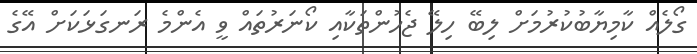
ގޯލެއް ކާމިޔާބުކުރުމަށް ލިބޭ ހިލޭ ޖެހުންތަކާއި ކޯނަރުތައް ވީ އެންމެ ރަނގަޅަކަށް އޭގެ